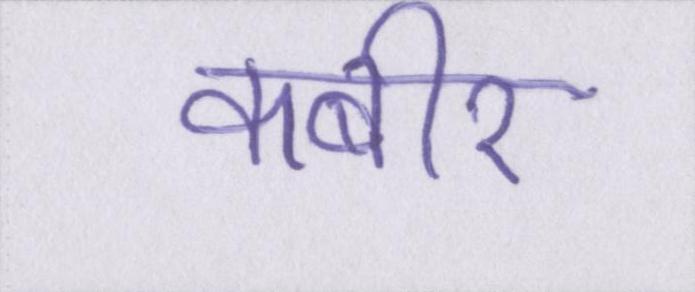
कबीर